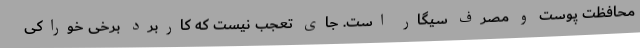
محافظت پوست و مصرف سیگار است. جای تعجب نیست که کاربرد برخی خوراکی